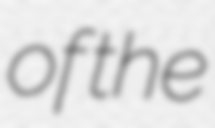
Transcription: of the